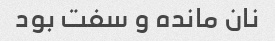
نان مانده و سفت بود